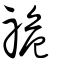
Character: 祪